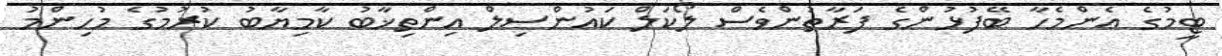
ޓީމުގެ އެންމެހާ ބޭފުޅުންގެ ފަރާތުންވެސް ލޯކަލް ކައުންސިލް އިންތިޚާބު ކާމިޔާބު ކުރުމުގެ މުހިންމު